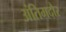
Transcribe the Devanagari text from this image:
अंतिमदौर